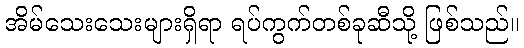
အိမ်သေးသေးများရှိရာ ရပ်ကွက်တစ်ခုဆီသို့ ဖြစ်သည်။